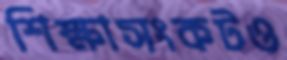
শিক্ষাসংকটও